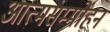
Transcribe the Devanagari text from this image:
आत्मसम्मोहन